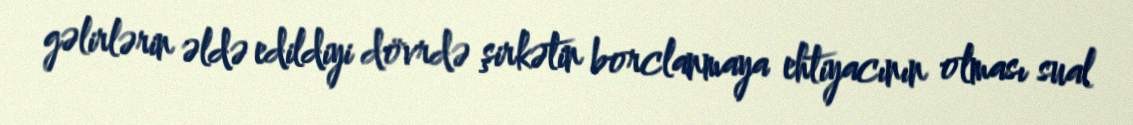
gəlirlərin əldə edildiyi dövrdə şirkətin borclanmaya ehtiyacının olması sual